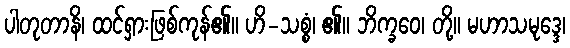
ပါတုတာနိ၊ ထင်ရှားဖြစ်ကုန်၏။ ဟိ-သစ္စံ၊ ၏။ ဘိက္ခဝေ၊ တို့။ မဟာသမုဒ္ဒေ၊